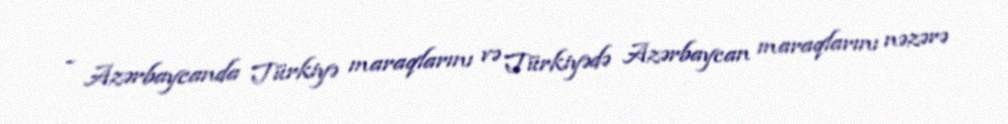
- Azərbaycanda Türkiyə maraqlarını və Türkiyədə Azərbaycan maraqlarını nəzərə